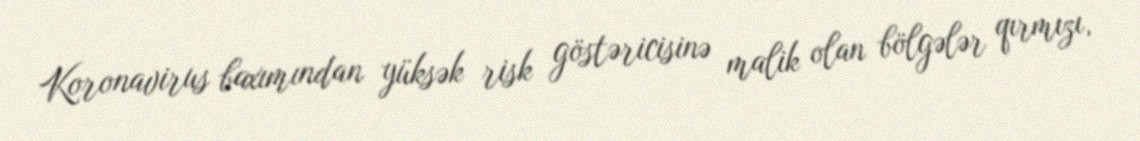
Koronavirus baxımından yüksək risk göstəricisinə malik olan bölgələr qırmızı,